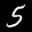
Label: 5